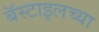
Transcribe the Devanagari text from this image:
बॅस्टाइलच्या